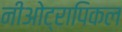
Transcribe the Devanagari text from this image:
नीओट्रापिकल